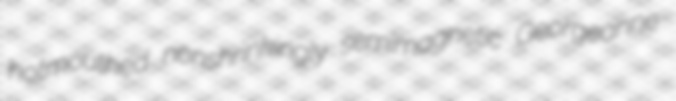
hotmouthed nonshrinkingly semimagnetic Georgeanne